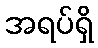
အရပ်ရှိ